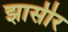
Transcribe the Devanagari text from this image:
झासीर